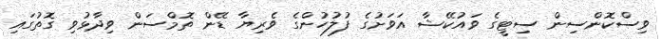
ވިސްކޮންސިން ސިޓީގެ ވައުކޭޝާ އަވަށުގެ ފުލުހުންގެ ވެރިޔާ ޑޭން ތޮމްސަން ވިދާޅުވި ގޮތުގައި